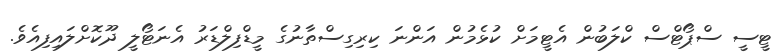
ޓީސީ ސްޕޯޓްސް ކްލަބުން އެޓީމަށް ކުޅެމުން އަންނަ ކިރިގިސްތާނުގެ މީޑްފިލްޑަރު އެނަޓޯލީ ދޫކޮށްލައިފިއެވެ.